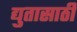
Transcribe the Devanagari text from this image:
द्युतासाठी